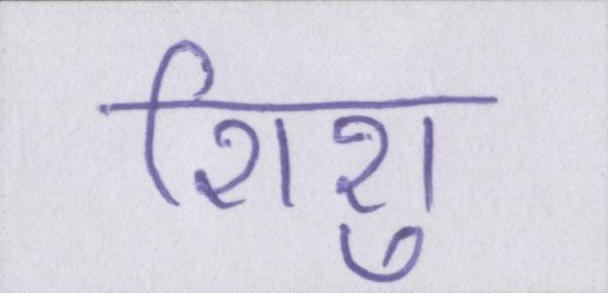
शिशु